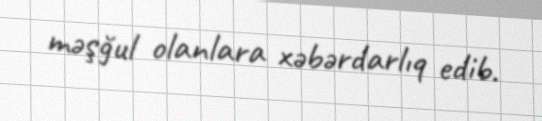
məşğul olanlara xəbərdarlıq edib.